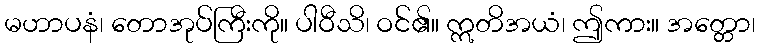
မဟာပနံ၊ တောအုပ်ကြီးကို။ ပါဝီသိ၊ ဝင်၏။ ဣတိအယံ၊ ဤကား။ အတ္တော၊